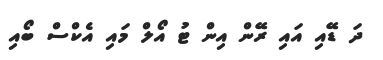
ދަ ޑޭއި އައި ރޭން އިން ޓު އޯލް މައި އެކްސް ބޯއި